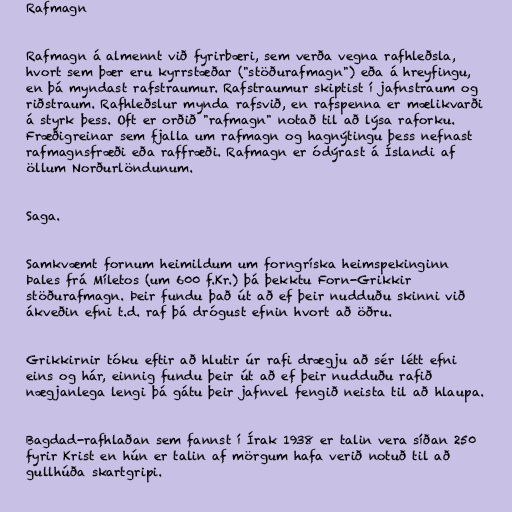
Rafmagn

Rafmagn á almennt við fyrirbæri, sem verða vegna rafhleðsla,
hvort sem þær eru kyrrstæðar ("stöðurafmagn") eða á hreyfingu,
en þá myndast rafstraumur. Rafstraumur skiptist í jafnstraum og
riðstraum. Rafhleðslur mynda rafsvið, en rafspenna er mælikvarði
á styrk þess. Oft er orðið "rafmagn" notað til að lýsa raforku.
Fræðigreinar sem fjalla um rafmagn og hagnýtingu þess nefnast
rafmagnsfræði eða raffræði. Rafmagn er ódýrast á Íslandi af
öllum Norðurlöndunum.

Saga.

Samkvæmt fornum heimildum um forngríska heimspekinginn
Þales frá Míletos (um 600 f.Kr.) þá þekktu Forn-Grikkir
stöðurafmagn. Þeir fundu það út að ef þeir nudduðu skinni við
ákveðin efni t.d. raf þá drógust efnin hvort að öðru.

Grikkirnir tóku eftir að hlutir úr rafi drægju að sér létt efni
eins og hár, einnig fundu þeir út að ef þeir nudduðu rafið
nægjanlega lengi þá gátu þeir jafnvel fengið neista til að hlaupa.

Bagdad-rafhlaðan sem fannst í Írak 1938 er talin vera síðan 250
fyrir Krist en hún er talin af mörgum hafa verið notuð til að
gullhúða skartgripi.